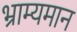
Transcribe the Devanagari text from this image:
भ्राम्यमान